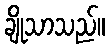
ချိုသာသည်။